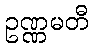
ဥဏ္ဏမတီ